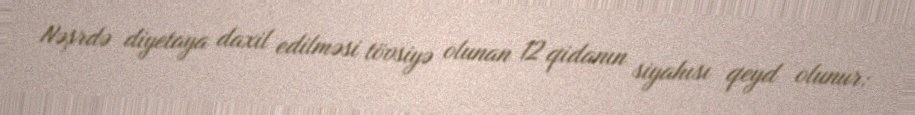
Nəşrdə diyetaya daxil edilməsi tövsiyə olunan 12 qidanın siyahısı qeyd olunur: